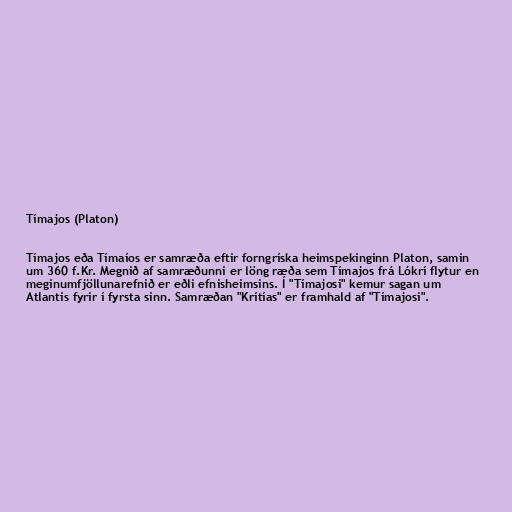
Tímajos (Platon)

Tímajos eða Tímaíos er samræða eftir forngríska heimspekinginn Platon, samin
um 360 f.Kr. Megnið af samræðunni er löng ræða sem Tímajos frá Lókrí flytur en
meginumfjöllunarefnið er eðli efnisheimsins. Í "Tímajosi" kemur sagan um
Atlantis fyrir í fyrsta sinn. Samræðan "Krítías" er framhald af "Tímajosi".